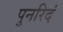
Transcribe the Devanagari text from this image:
पुनरिदं